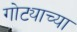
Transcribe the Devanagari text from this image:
गोट्याच्या